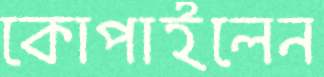
কোপাইলেন